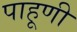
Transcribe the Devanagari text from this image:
पाहूणी